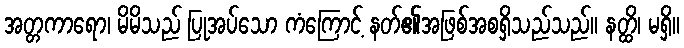
အတ္တကာရော၊ မိမိသည် ပြုအပ်သော ကံကြောင့် နတ်၏အဖြစ်အစရှိသည်သည်။ နတ္ထိ၊ မရှိ။